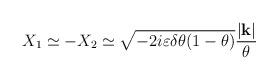
LaTeX: \begin{align*}X_{1}\simeq -X_{2}\simeq \sqrt{-2i\varepsilon \delta \theta (1-\theta )}\frac{|\mathbf{k}|}{\theta }\end{align*}